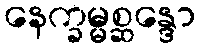
နေက္ခမ္မစ္ဆန္ဒော